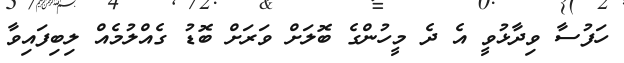
ހަފުސާ ވިދާޅުވީ އެ ދެ މީހުންގެ ބޮލަށް ވަރަށް ބޮޑު ގެއްލުމެއް ލިބިފައިވާ